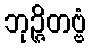
ဘုဉ္ဇိတဗ္ဗံ